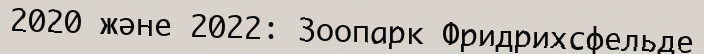
2020 және 2022: Зоопарк Фридрихсфельде